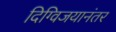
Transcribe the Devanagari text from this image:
दिग्विजयानंतर